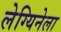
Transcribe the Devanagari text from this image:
लेग्यिनेला